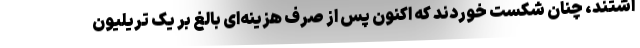
اشتند، چنان شکست خوردند که اکنون پس از صرف هزینه‌ای بالغ بر یک تریلیون